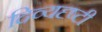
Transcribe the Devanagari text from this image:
दिव्यदृष्टी